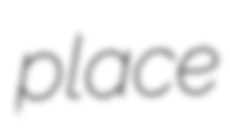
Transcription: place